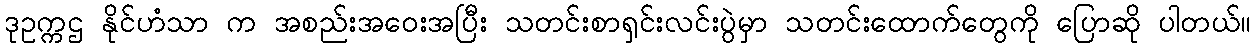
ဒုဥက္ကဌ နိုင်ဟံသာ က အစည်းအဝေးအပြီး သတင်းစာရှင်းလင်းပွဲမှာ သတင်းထောက်တွေကို ပြောဆို ပါတယ်။